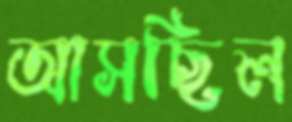
আসছিল